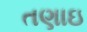
તણાઇ